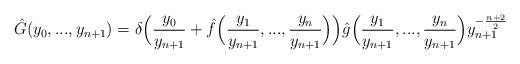
LaTeX: \begin{align*} \hat{G}(y_0,...,y_{n+1})=\delta\Big(\frac{y_0}{y_{n+1}}+\hat{f}\Big(\frac{y_1}{y_{n+1}},...,\frac{y_n}{y_{n+1}}\Big)\Big)\hat{g}\Big(\frac{y_1}{y_{n+1}},...,\frac{y_n}{y_{n+1}}\Big)y_{n+1}^{-\frac{n+2}{2}} \end{align*}